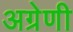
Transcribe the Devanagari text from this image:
अग्रेणी